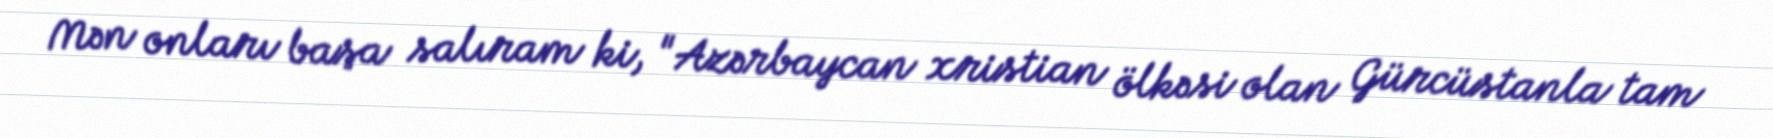
Mən onları başa salıram ki, "Azərbaycan xristian ölkəsi olan Gürcüstanla tam